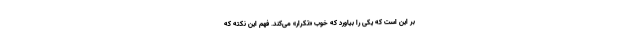
بر این است که یکی را بیاورد که خوب «تکرار» می‌کند. فهم این نکته که